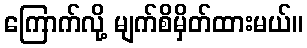
ကြောက်လို့ မျက်စိမှိတ်ထားမယ်။